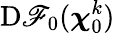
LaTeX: \mathrm{D}\mathscr{F}_{0}(\boldsymbol{\chi}_{0}^{k})